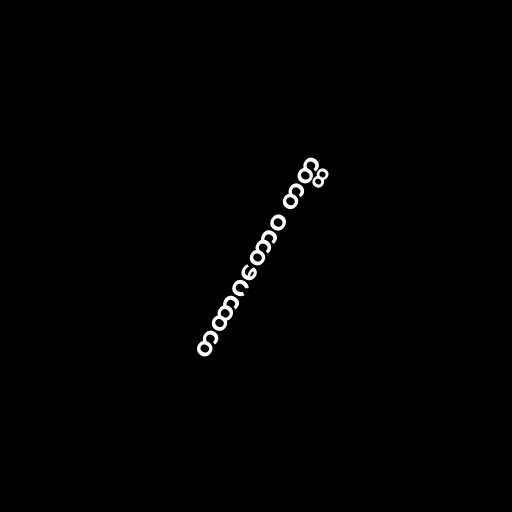
တထာဂတောဝ တတ္ထ